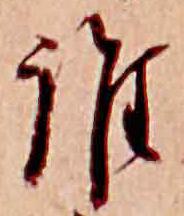
誰